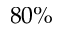
8 0 \%